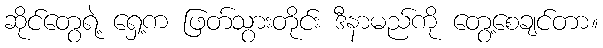
ဆိုင်တွေရဲ့ ရှေ့က ဖြတ်သွားတိုင်း ဒီနာမည်ကို တွေ့စေချင်တာ။